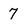
Character: 7